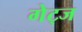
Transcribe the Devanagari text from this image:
गेट्ज